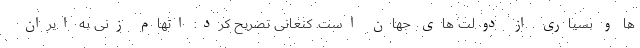
ها و بسیاری از دولت های جهان است. کنعانی تصریح کرد: اتهام زنی به ایران